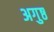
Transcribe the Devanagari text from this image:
अगुष्ठ